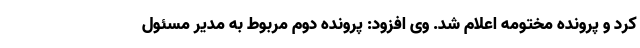
کرد و پرونده مختومه اعلام شد. وی افزود: پرونده دوم مربوط به مدیر مسئول